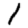
Digit: 1